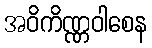
အဝိကိဏ္ဏဝါစေန